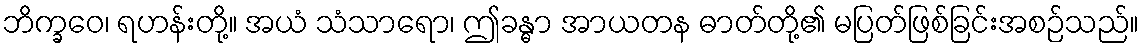
ဘိက္ခဝေ၊ ရဟန်းတို့။ အယံ သံသာရော၊ ဤခန္ဓာ အာယတန ဓာတ်တို့၏ မပြတ်ဖြစ်ခြင်းအစဉ်သည်။